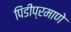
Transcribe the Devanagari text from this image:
पिंडीप्रमाणे